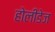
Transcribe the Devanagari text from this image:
होलीडेज